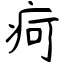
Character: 疴